Report of an investigation of the epidemic of malarial fever in Assam, or, kala-azar
Disease focus: Malaria
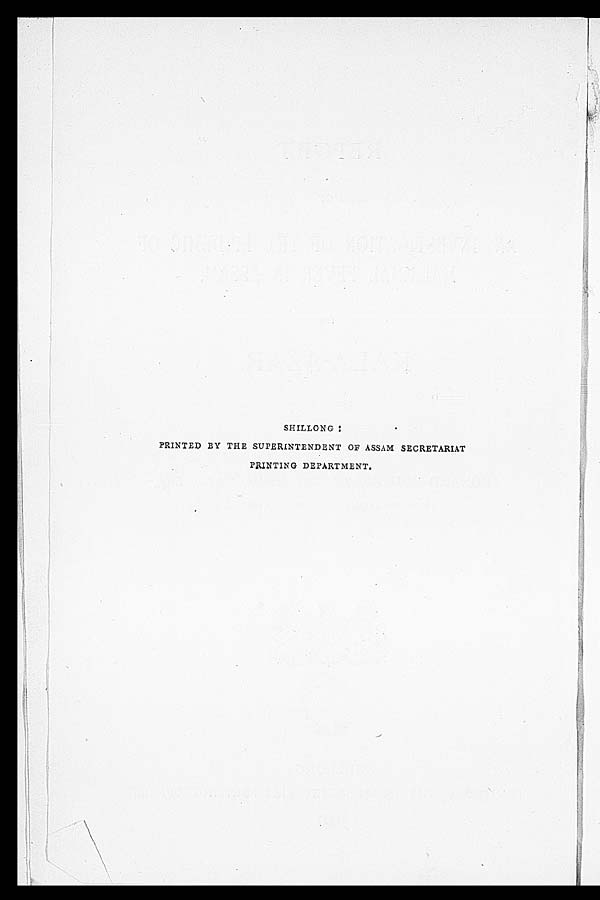
SHILLONG :
PRINTED BY THE SUPERINTENDENT OF ASSAM SECRETARIAT
PRINTING DEPARTMENT.